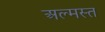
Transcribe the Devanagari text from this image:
अल्मस्त